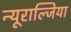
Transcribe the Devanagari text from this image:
न्यूराल्जिया